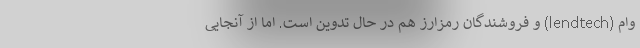
وام (lendtech)‌ و فروشندگان رمزارز هم در حال تدوین است. اما از آنجایی